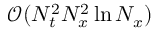
\mathcal { O } ( N _ { t } ^ { 2 } N _ { x } ^ { 2 } \ln N _ { x } )